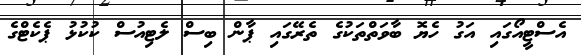
އެސްޓީއޯގައި އަގު ހެޔޮ ބާވަތްތަކުގެ ތެރޭގައި ޕާން ބިސް ލެޓިއުސް ކުކުޅު ޕެކެޓްގެ